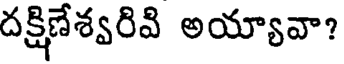
దక్షిణేశ్వరివి అయ్యావా?